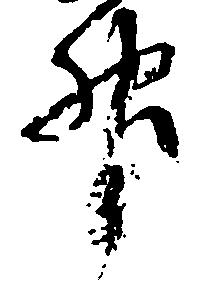
升